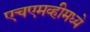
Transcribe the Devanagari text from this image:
एचएमव्हीमध्ये